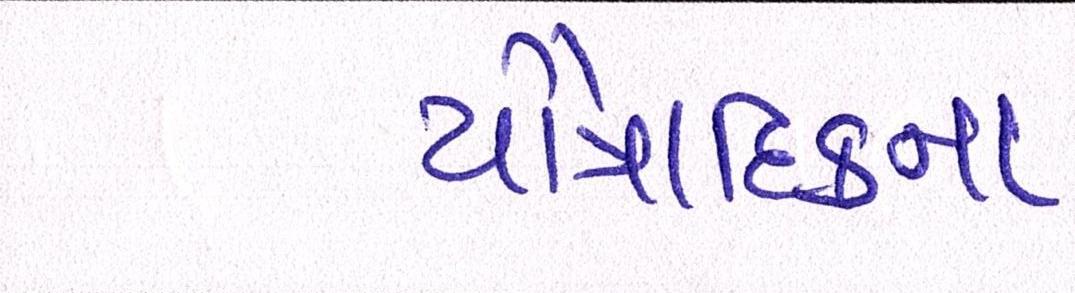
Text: પૌત્રાદિકના